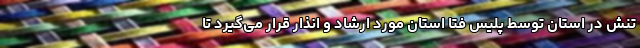
تنش در استان توسط پلیس فتا استان مورد ارشاد و انذار قرار می‌گیرد تا